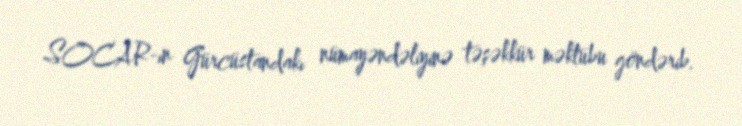
SOCAR-ın Gürcüstandakı nümayəndəliyinə təşəkkür məktubu göndərib.